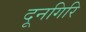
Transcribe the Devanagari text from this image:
दूनगिरि